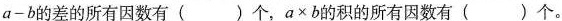
$$a - b$$的差的所有因数有()个，$$a × b$$的积的所有因数有()个。